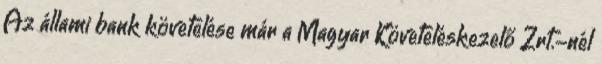
Az állami bank követelése már a Magyar Követeléskezelő Zrt.-nél